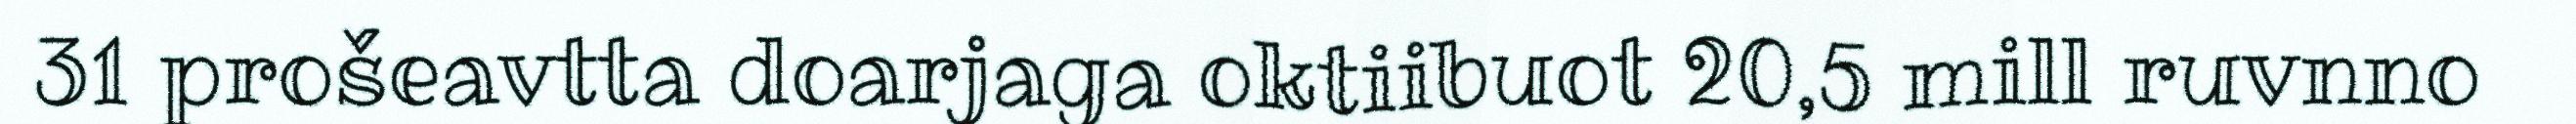
31 prošeavtta doarjaga oktiibuot 20,5 mill ruvnno